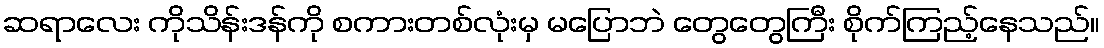
ဆရာလေး ကိုသိန်းဒန်ကို စကားတစ်လုံးမှ မပြောဘဲ တွေတွေကြီး စိုက်ကြည့်နေသည်။